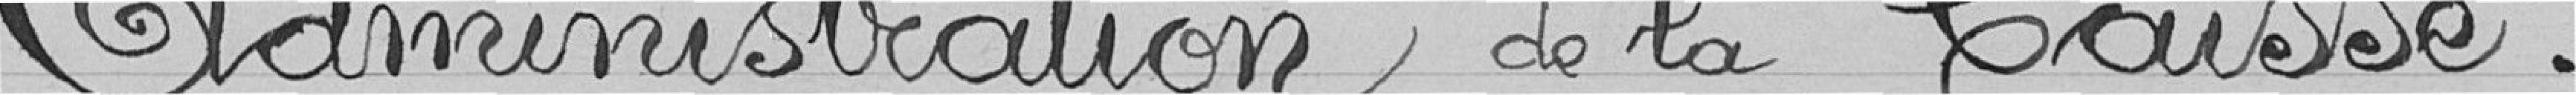
Administration de la Caisse